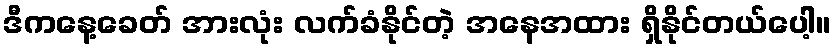
ဒီကနေ့ခေတ် အားလုံး လက်ခံနိုင်တဲ့ အနေအထား ရှိနိုင်တယ်ပေါ့။